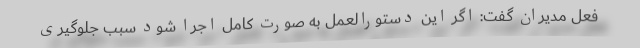
فعل مدیران گفت: اگر این دستورالعمل به صورت کامل اجرا شود سبب جلوگیری